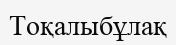
Тоқалыбұлақ